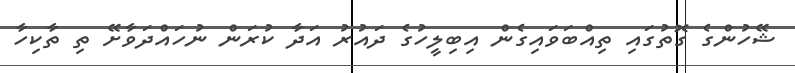
ޝޭހުންގެ ގޮތުގައި ތިއްބަވައިގެން އިބިލީހުގެ ދައުރު އަދާ ކުރަން ނުހައްދަވާށޭ ތި ތާކިހާ